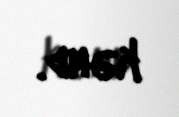
kənd.